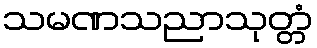
သမဏသညာသုတ္တံ